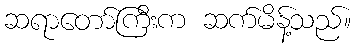
ဆရာတော်ကြီးက ဆက်မိန့်သည်။